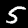
Digit: 5